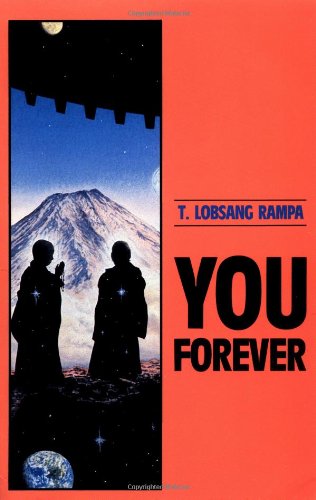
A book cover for You Forever; Tuesday Lobsang Rampa; Politics & Social Sciences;